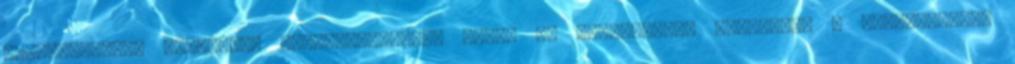
létesítmények terveinek elkészítésében. Mivel az érthetetlen megbízást a közbeszerzés